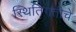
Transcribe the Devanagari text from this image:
स्थितिगतीचे